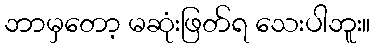
ဘာမှတော့ မဆုံးဖြတ်ရ သေးပါဘူး။